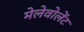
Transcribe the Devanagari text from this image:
मेलेवोलेंट